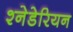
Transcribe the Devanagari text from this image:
श्नेडेरियन